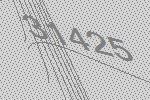
31425